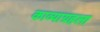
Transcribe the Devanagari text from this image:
काव्याग्रहला